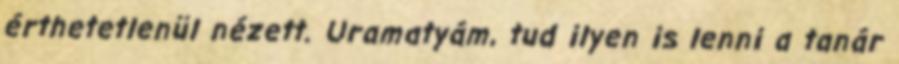
érthetetlenül nézett. Uramatyám, tud ilyen is lenni a tanár